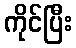
ကိုင်ပြီး